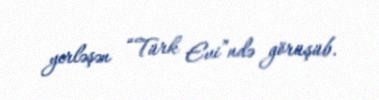
yerləşən “Türk Evi”ndə görüşüb.